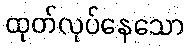
ထုတ်လုပ်နေသော